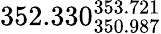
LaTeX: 352.330_{350.987}^{353.721}